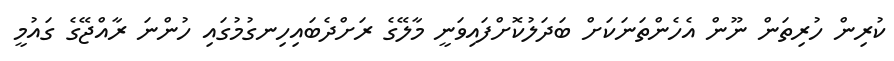
ކުރިން ހުރިތަން ނޫން އެހެންތަނަކަށް ބަދަލުކޮށްފައިވަނީ މާލޭގެ ރަށްދެބައިހިނގުމުގައި ހުންނަ ރާއްޖޭގެ ގައުމީ